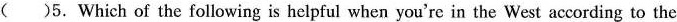
()5. Which of the following is helpful when you're in the West according to the